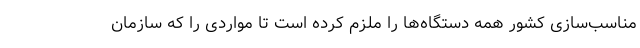
مناسب‌سازی کشور همه دستگاه‌ها را ملزم کرده است تا مواردی را که سازمان